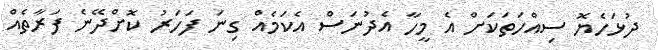
ދުޅަހެޔޮ ސިއްހަތަކަށް އެ މީހާ އެދުނަސް އެކަމެއް ގިނަ ފަހަރު ކޮށްދޭނެ ފަރާތެއް